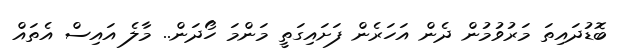
ބޮޑުދައިތަ މަރުވުމުން ދެން އަހަރެން ފަށައިގަތީ މަންމަ ހޯދަން.. މާލެ އައިސް އެތައް